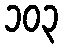
၁၀၃